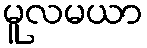
မူလမယာ